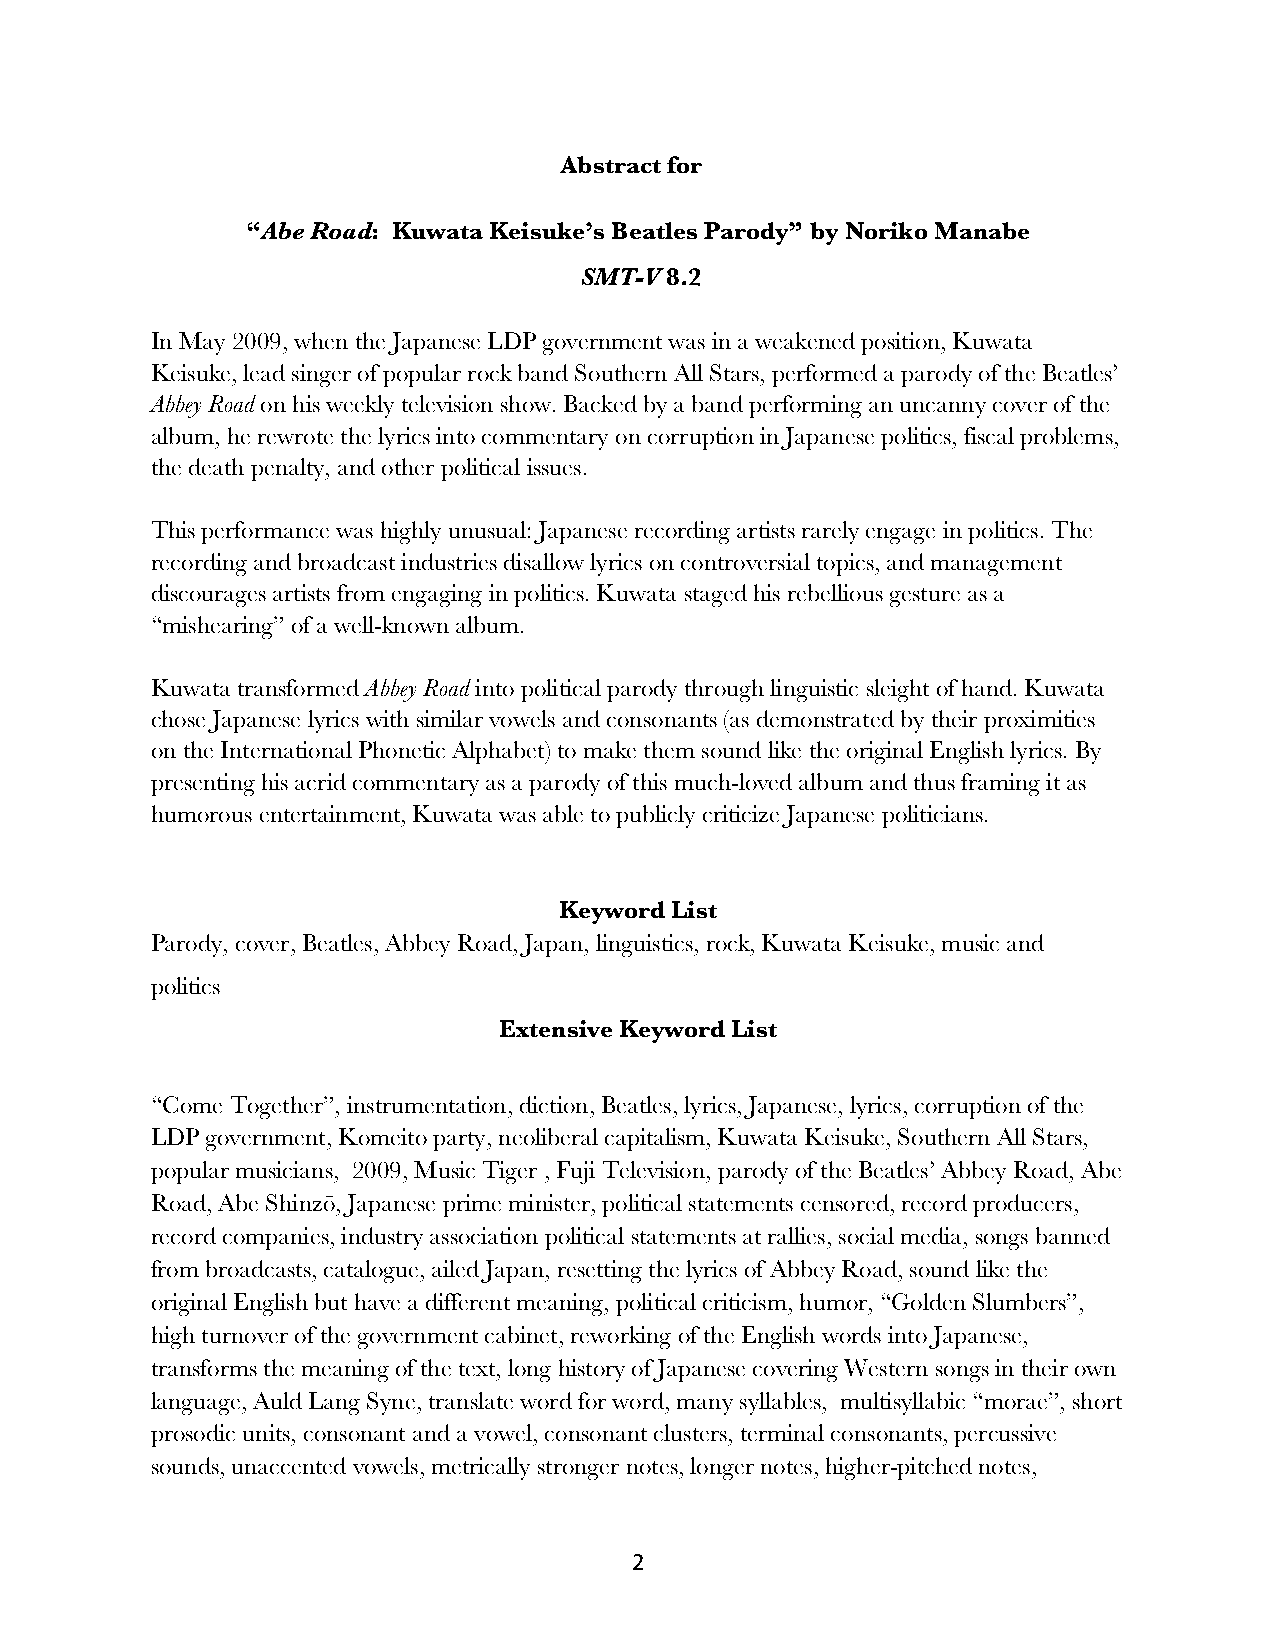
Abstract for
 “Abe Road: Kuwata Keisuke’s Beatles Parody” by Noriko Manabe
 SMT-V 8.2
 In May 2009, when the Japanese LDP government was in a weakened position, Kuwata
 Keisuke, lead singer of popular rock band Southern All Stars, performed a parody of the Beatles’
 Abbey Road on his weekly television show. Backed by a band performing an uncanny cover of the
 album, he rewrote the lyrics into commentary on corruption in Japanese politics, fiscal problems,
 the death penalty, and other political issues.
 This performance was highly unusual: Japanese recording artists rarely engage in politics. The
 recording and broadcast industries disallow lyrics on controversial topics, and management
 discourages artists from engaging in politics. Kuwata staged his rebellious gesture as a
 “mishearing” of a well-known album.
 Kuwata transformed Abbey Road into political parody through linguistic sleight of hand. Kuwata
 chose Japanese lyrics with similar vowels and consonants (as demonstrated by their proximities
 on the International Phonetic Alphabet) to make them sound like the original English lyrics. By
 presenting his acrid commentary as a parody of this much-loved album and thus framing it as
 humorous entertainment, Kuwata was able to publicly criticize Japanese politicians.
 Keyword List
 Parody, cover, Beatles, Abbey Road, Japan, linguistics, rock, Kuwata Keisuke, music and
 politics
 Extensive Keyword List
 “Come Together”, instrumentation, diction, Beatles, lyrics, Japanese, lyrics, corruption of the
 LDP government, Komeito party, neoliberal capitalism, Kuwata Keisuke, Southern All Stars,
 popular musicians, 2009, Music Tiger , Fuji Television, parody of the Beatles’ Abbey Road, Abe
 Road, Abe Shinzō, Japanese prime minister, political statements censored, record producers,
 record companies, industry association political statements at rallies, social media, songs banned
 from broadcasts, catalogue, ailed Japan, resetting the lyrics of Abbey Road, sound like the
 original English but have a different meaning, political criticism, humor, “Golden Slumbers”,
 high turnover of the government cabinet, reworking of the English words into Japanese,
 transforms the meaning of the text, long history of Japanese covering Western songs in their own
 language, Auld Lang Syne, translate word for word, many syllables, multisyllabic “morae”, short
 prosodic units, consonant and a vowel, consonant clusters, terminal consonants, percussive
 sounds, unaccented vowels, metrically stronger notes, longer notes, higher-pitched notes,
 2